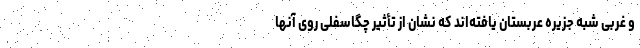
و غربی شبه جزیره عربستان یافته‌اند که نشان از تأثیر چگاسفلی روی آنها